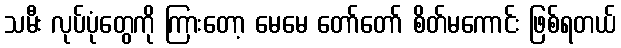
သမီး လုပ်ပုံတွေကို ကြားတော့ မေမေ တော်တော် စိတ်မကောင်း ဖြစ်ရတယ်